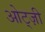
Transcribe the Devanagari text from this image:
ओट्ज़ी